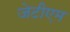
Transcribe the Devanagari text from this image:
जेटीएम